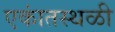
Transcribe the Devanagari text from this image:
एकांतस्थळी